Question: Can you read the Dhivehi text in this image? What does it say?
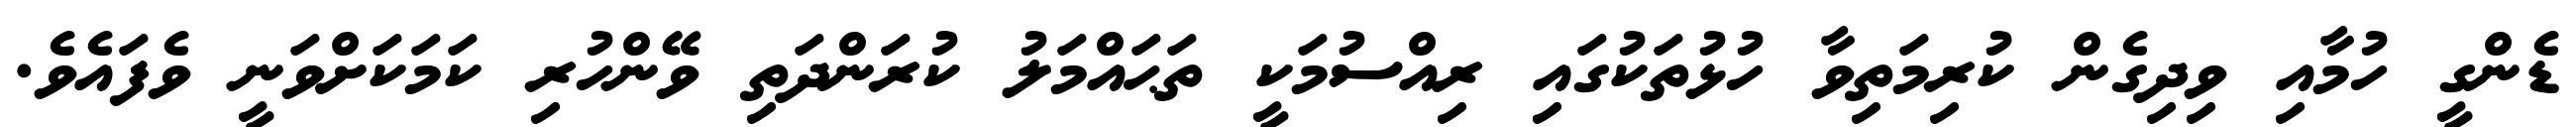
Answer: ޑެންގީ ހުމާއި ވިދިގެން ކުރިމަތިވާ ހުޅުތަކުގައި ރިއްސުމަކީ ތަޙައްމަލު ކުރަންދަތި ވޭންހުރި ކަމަކަށްވަނީ ވެފައެވެ.